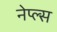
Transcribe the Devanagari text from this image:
नेप्ल्स